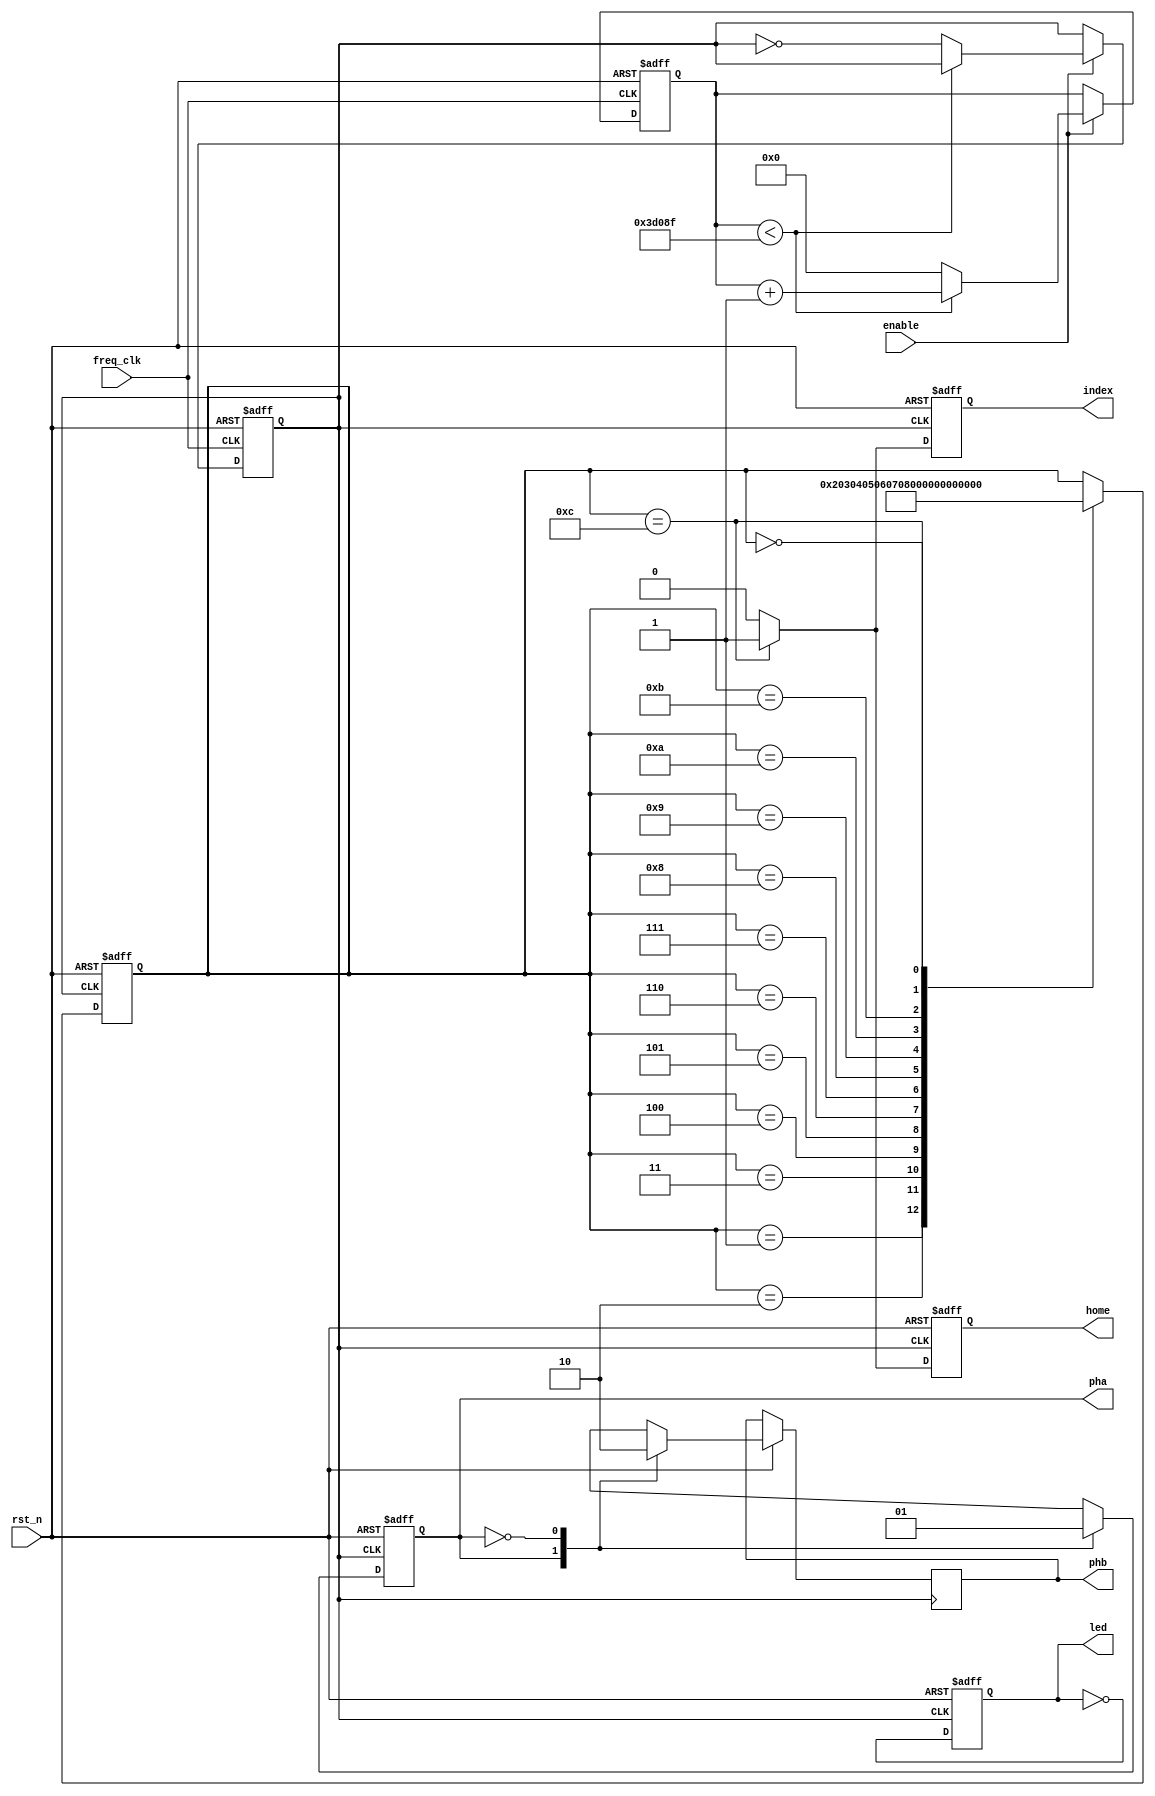
module enc(rst_n, freq_clk, enable, pha, phb, home, index, led);

input rst_n;
input freq_clk;
input enable;
output pha;
output phb;
output home;
output index;
output led;


reg pha_reg;
reg phb_reg;
reg home_reg;
reg index_reg;
reg[7:0] pha_count;

//debug led
reg led;

// generate 100 Hz from 50 MHz
reg [31:0] count_reg;
reg out_100hz;

always @(posedge freq_clk or negedge rst_n) begin
    if (!rst_n) begin
        count_reg <= 0;
        out_100hz <= 0;
        count_reg <= 0;
        out_100hz <= 0;
	
    end 
	 else if (enable) 
	 begin
        if (count_reg < 249999) begin
            count_reg <= count_reg + 1;
        end else begin
            count_reg <= 0;
            out_100hz <= ~out_100hz;
        end
    end
end

/*
  we will be generating waveform like below
        _   _
  pha  | |_| |_
          _   _  
  phb  __| |_| |_
                                 _
  home <every 12 clock of pha> _| |_
                                  _
  index <every 12 clock of pha> _| |_
*/

/* process the  pha_count*/
always @ (posedge out_100hz or negedge rst_n)
begin
	if (!rst_n)
	begin
		pha_count <= 8'd12;
		led <= 1'b0; 
	end
	else if (out_100hz)
	begin
	   led <= ~led; 
		case (pha_count)
			8'd1:	pha_count <= 8'd2;
			8'd2:	pha_count <= 8'd3;
			8'd3:	pha_count <= 8'd4;
			8'd4: pha_count <= 8'd5;
			8'd5: pha_count <= 8'd6;
			8'd6: pha_count <= 8'd7;
			8'd7: pha_count <= 8'd8;
			8'd8:	pha_count <= 8'd9;
			8'd9: pha_count <= 8'd10;
			8'd10: pha_count <= 8'd11;
			8'd11: pha_count <= 8'd12;
			8'd12: pha_count <= 8'd0;
			8'd0: pha_count <=  8'd1;
		endcase
	end
end


/*process the pha signal*/
always @ (posedge out_100hz or negedge rst_n)
begin
	if (!rst_n)
	begin
		pha_reg <= 1'b1;
	end
	else if (out_100hz)
	begin
		case (pha_reg)
			1'd1:	
			begin
			pha_reg <=  1'd0;
			phb_reg <= 1'd1;
			end
			1'd0: 
			begin
			pha_reg <=  1'd1;
			phb_reg <=  1'd0;
			end
		endcase
	end
end
assign pha = pha_reg;
assign phb = phb_reg;

/*process the home signal*/
always @ (posedge out_100hz or negedge rst_n)
begin
	if (!rst_n)
	begin
		home_reg <= 1'b0;
	end
	else if (out_100hz)
	begin
		case (pha_count)
			8'd12:	home_reg <=  1'd1;
			default: home_reg <=  1'd0;
		endcase
	end
end
assign home = home_reg;

/*process the index signal*/
always @ (posedge out_100hz or negedge rst_n)
begin
	if (!rst_n)
	begin
		index_reg <= 1'b0;
	end
	else if (out_100hz)
	begin
		case (pha_count)
			8'd12:	index_reg <=  1'd1;
			default: index_reg <=  1'd0;
		endcase
	end
end
assign index = index_reg;

endmodule